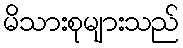
မိသားစုများသည်